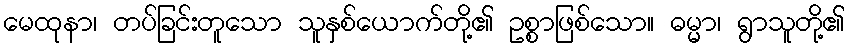
မေထုနာ၊ တပ်ခြင်းတူသော သူနှစ်ယောက်တို့၏ ဥစ္စာဖြစ်သော။ ဓမ္မာ၊ ရွာသူတို့၏